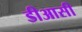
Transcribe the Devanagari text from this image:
डीआसी